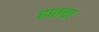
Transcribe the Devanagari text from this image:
हातचा